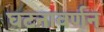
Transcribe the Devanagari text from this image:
घटनावर्णन